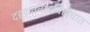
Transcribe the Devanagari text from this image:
दहशतवादविरोधात